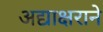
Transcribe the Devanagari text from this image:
अद्याक्षराने